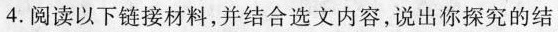
4. 阅读以下链接材料，并结合选文内容，说出你探究的结